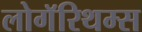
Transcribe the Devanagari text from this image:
लोगॅरिथम्स